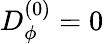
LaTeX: D_{\phi}^{(0)}=0